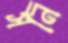
সনি